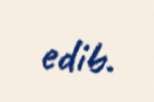
edib.